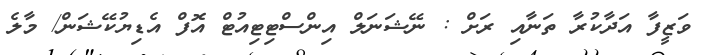
ވަޒީފާ އަދާކުރާ ތަނާއި ރަށް : ނޭޝަނަލް އިންސްޓިޓިއުޓް އޮފް އެޑިޔުކޭޝަން/ މާލެ